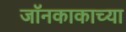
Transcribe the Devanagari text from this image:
जॉनकाकाच्या